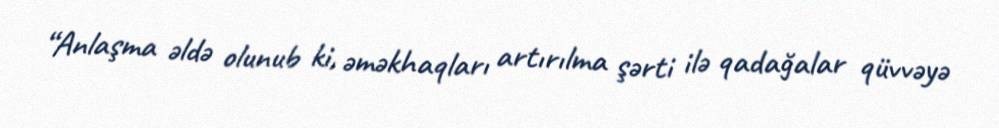
“Anlaşma əldə olunub ki, əməkhaqları artırılma şərti ilə qadağalar qüvvəyə